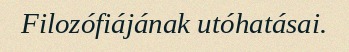
Filozófiájának utóhatásai.